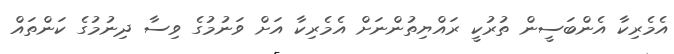
އެމެރިކާ އެންބަސީން ތުރުކީ ރައްޔިތުންނަށް އެމެރިކާ އަށް ވަނުމުގެ ވިސާ ދިނުމުގެ ކަންތައް